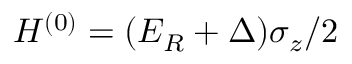
H ^ { ( 0 ) } = ( E _ { R } + \Delta ) \sigma _ { z } / 2